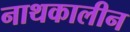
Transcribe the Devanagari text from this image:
नाथकालीन